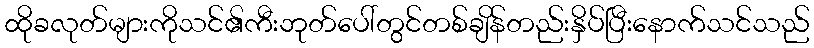
ထိုခလုတ်များကိုသင်၏ကီးဘုတ်ပေါ်တွင်တစ်ချိန်တည်းနှိပ်ပြီးနောက်သင်သည်